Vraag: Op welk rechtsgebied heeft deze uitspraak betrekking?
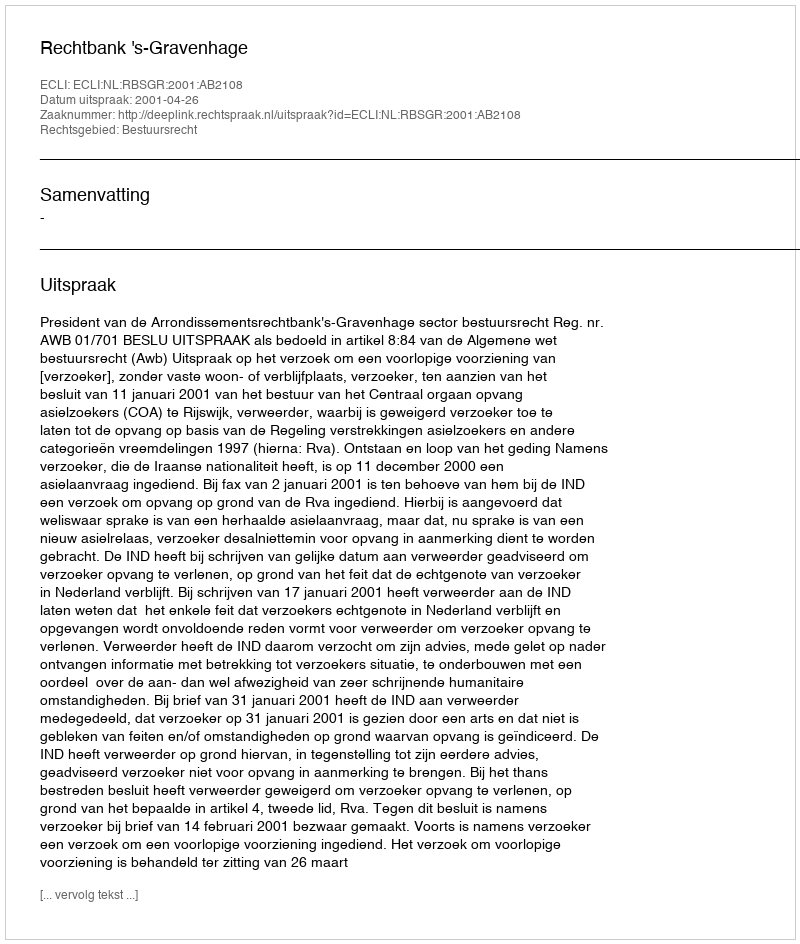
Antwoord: Bestuursrecht